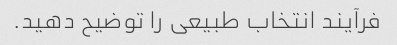
فرآیند انتخاب طبیعی را توضیح دهید.